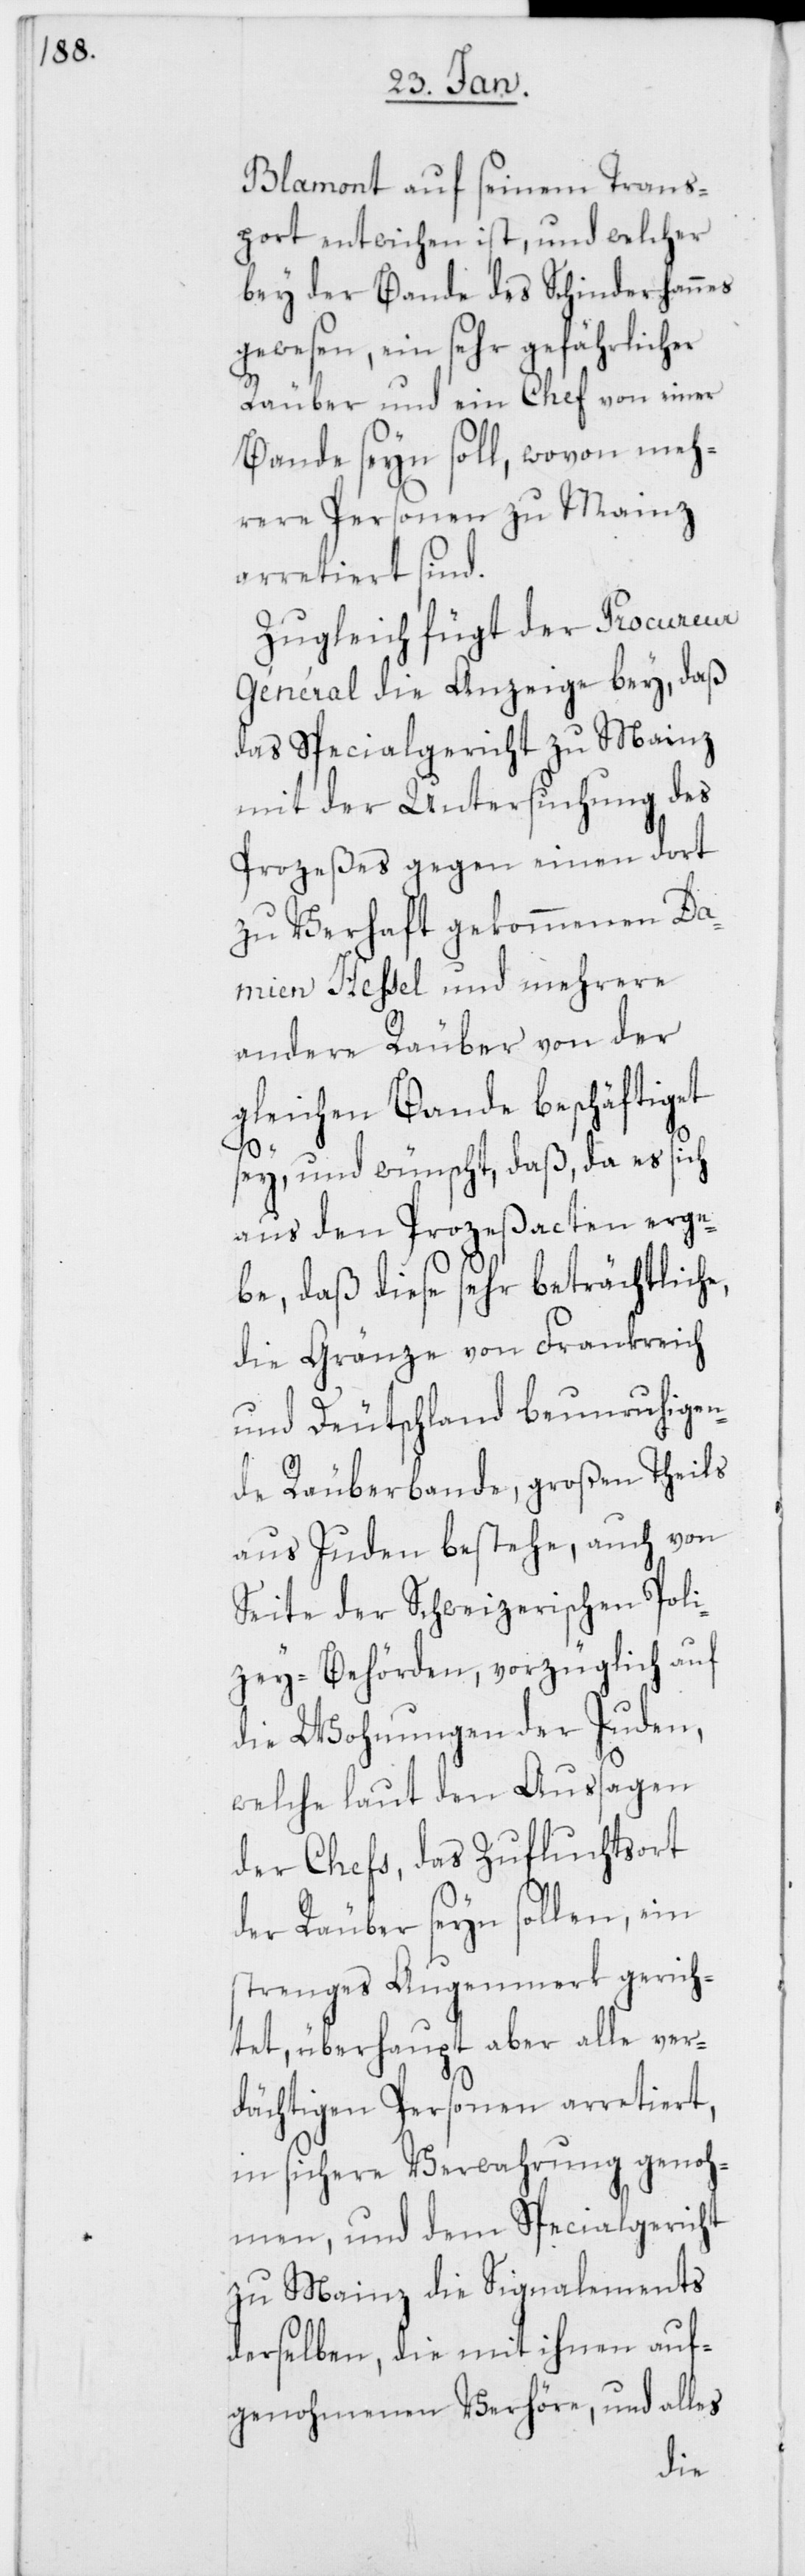
Blamont auf seinem Trans¬
port entwichen ist, und welcher
bey der Bande des Schinderhannes
gewesen, ein sehr gefährlicher
Räuber und ein Chef von einer
Bande seyn soll, wovon meh¬
rere Personen zu Mainz
arretiert sind.
Zugleich fügt der Procureur
Général die Anzeige bey, daß
das Specialgericht zu Mainz
mit der Untersuchung des
Prozeßes gegen einen dort
zu Verhaft gekommenen Da¬
mien Hessel und mehrere
andere Räuber von der
gleichen Bande beschäftiget
sey, und wünscht, daß, da es sich
aus den Prozeßacten erge¬
be, daß diese sehr beträchtliche,
die Gränze von Frankreich
und Deutschland beunruhigen¬
de Räuberbande, großen Theils
aus Juden bestehe, auch von
Seite der Schweizerischen Poli¬
zey-Behörden, vorzüglich auf
die Wohnungen der Juden,
welche laut den Aussagen
des Chefs, das Zufluchtsort
der Räuber seyn sollen, ein
strenges Augenmerk gerich¬
tet, überhaupt aber alle ver¬
dächtigen Personen arretiert,
in sichere Verwahrung genoh¬
men, und dem Specialgericht
zu Mainz die Signalements
derselben, die mit ihnen auf¬
genohmenen Verhöre, und alles